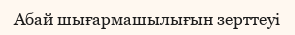
Абай шығармашылығын зерттеуі